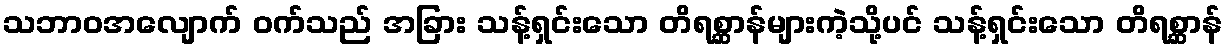
သဘာဝအလျောက် ဝက်သည် အခြား သန့်ရှင်းသော တိရစ္ဆာန်များကဲ့သို့ပင် သန့်ရှင်းသော တိရစ္ဆာန်